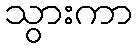
သွားကာ